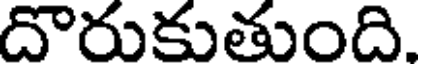
దొరుకుతుంది.